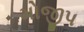
મોજીપ